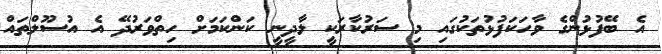
އެ ބޭފުޅުންގެ ވާހަކަފުޅުތަކުގައި މި ސަރުކާރަކީ ލާދީނީ ކަންކަމަށް ހިތްވަރުދޭ އެ އުސޫލްތައް